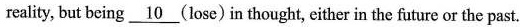
reality, but being 10(lose)in thought, either in the future or the past.